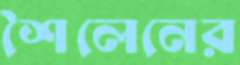
শৈলেনের